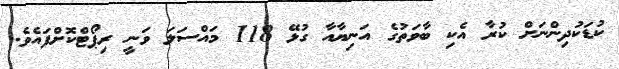
ކުޑަކުދިންނަށް ކުރާ އެކި ބާވަތުގެ އަނިޔާއާ ގުޅޭ 118 މައްސަލަ ވަނީ ރިޕޯޓްކޮށްފައެވެ.